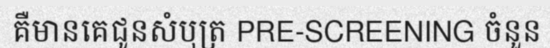
គឺមានគេជូនសំបុត្រ PRE-SCREENING ចំនួន